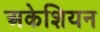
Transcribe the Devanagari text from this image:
अकेशियन